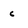
Character: c